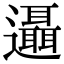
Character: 𨙓